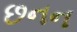
છનન